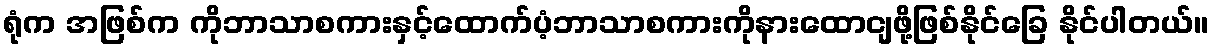
ရုံက အဖြစ်က ကိုဘာသာစကားနှင့်ထောက်ပံ့ဘာသာစကားကိုနားထောငျဖို့ဖြစ်နိုင်ခြေ နိုင်ပါတယ်။